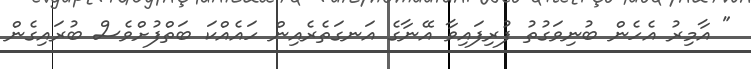
" އާމިރު އެހެން ބުނިވަގުތު ފުރިފައިވާ އޭނާގެ އަނގަތެރެއިން ހައެއްކަ ބަތްފުށްވެސް ބުރައިގެން